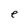
Character: e